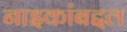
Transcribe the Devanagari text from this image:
नाइकांबद्दल